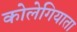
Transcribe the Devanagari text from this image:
कोलेगियाता